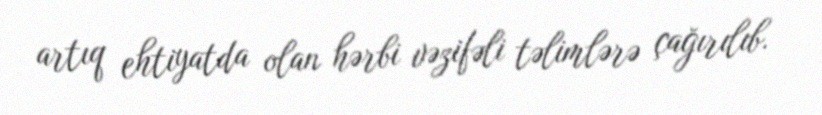
artıq ehtiyatda olan hərbi vəzifəli təlimlərə çağırılıb.